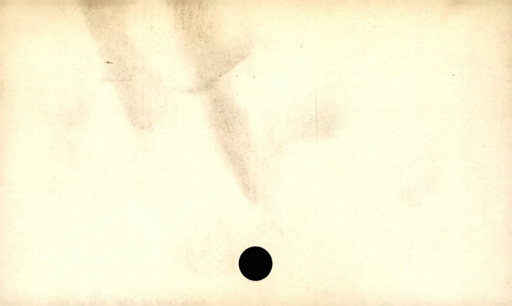
Label: blank